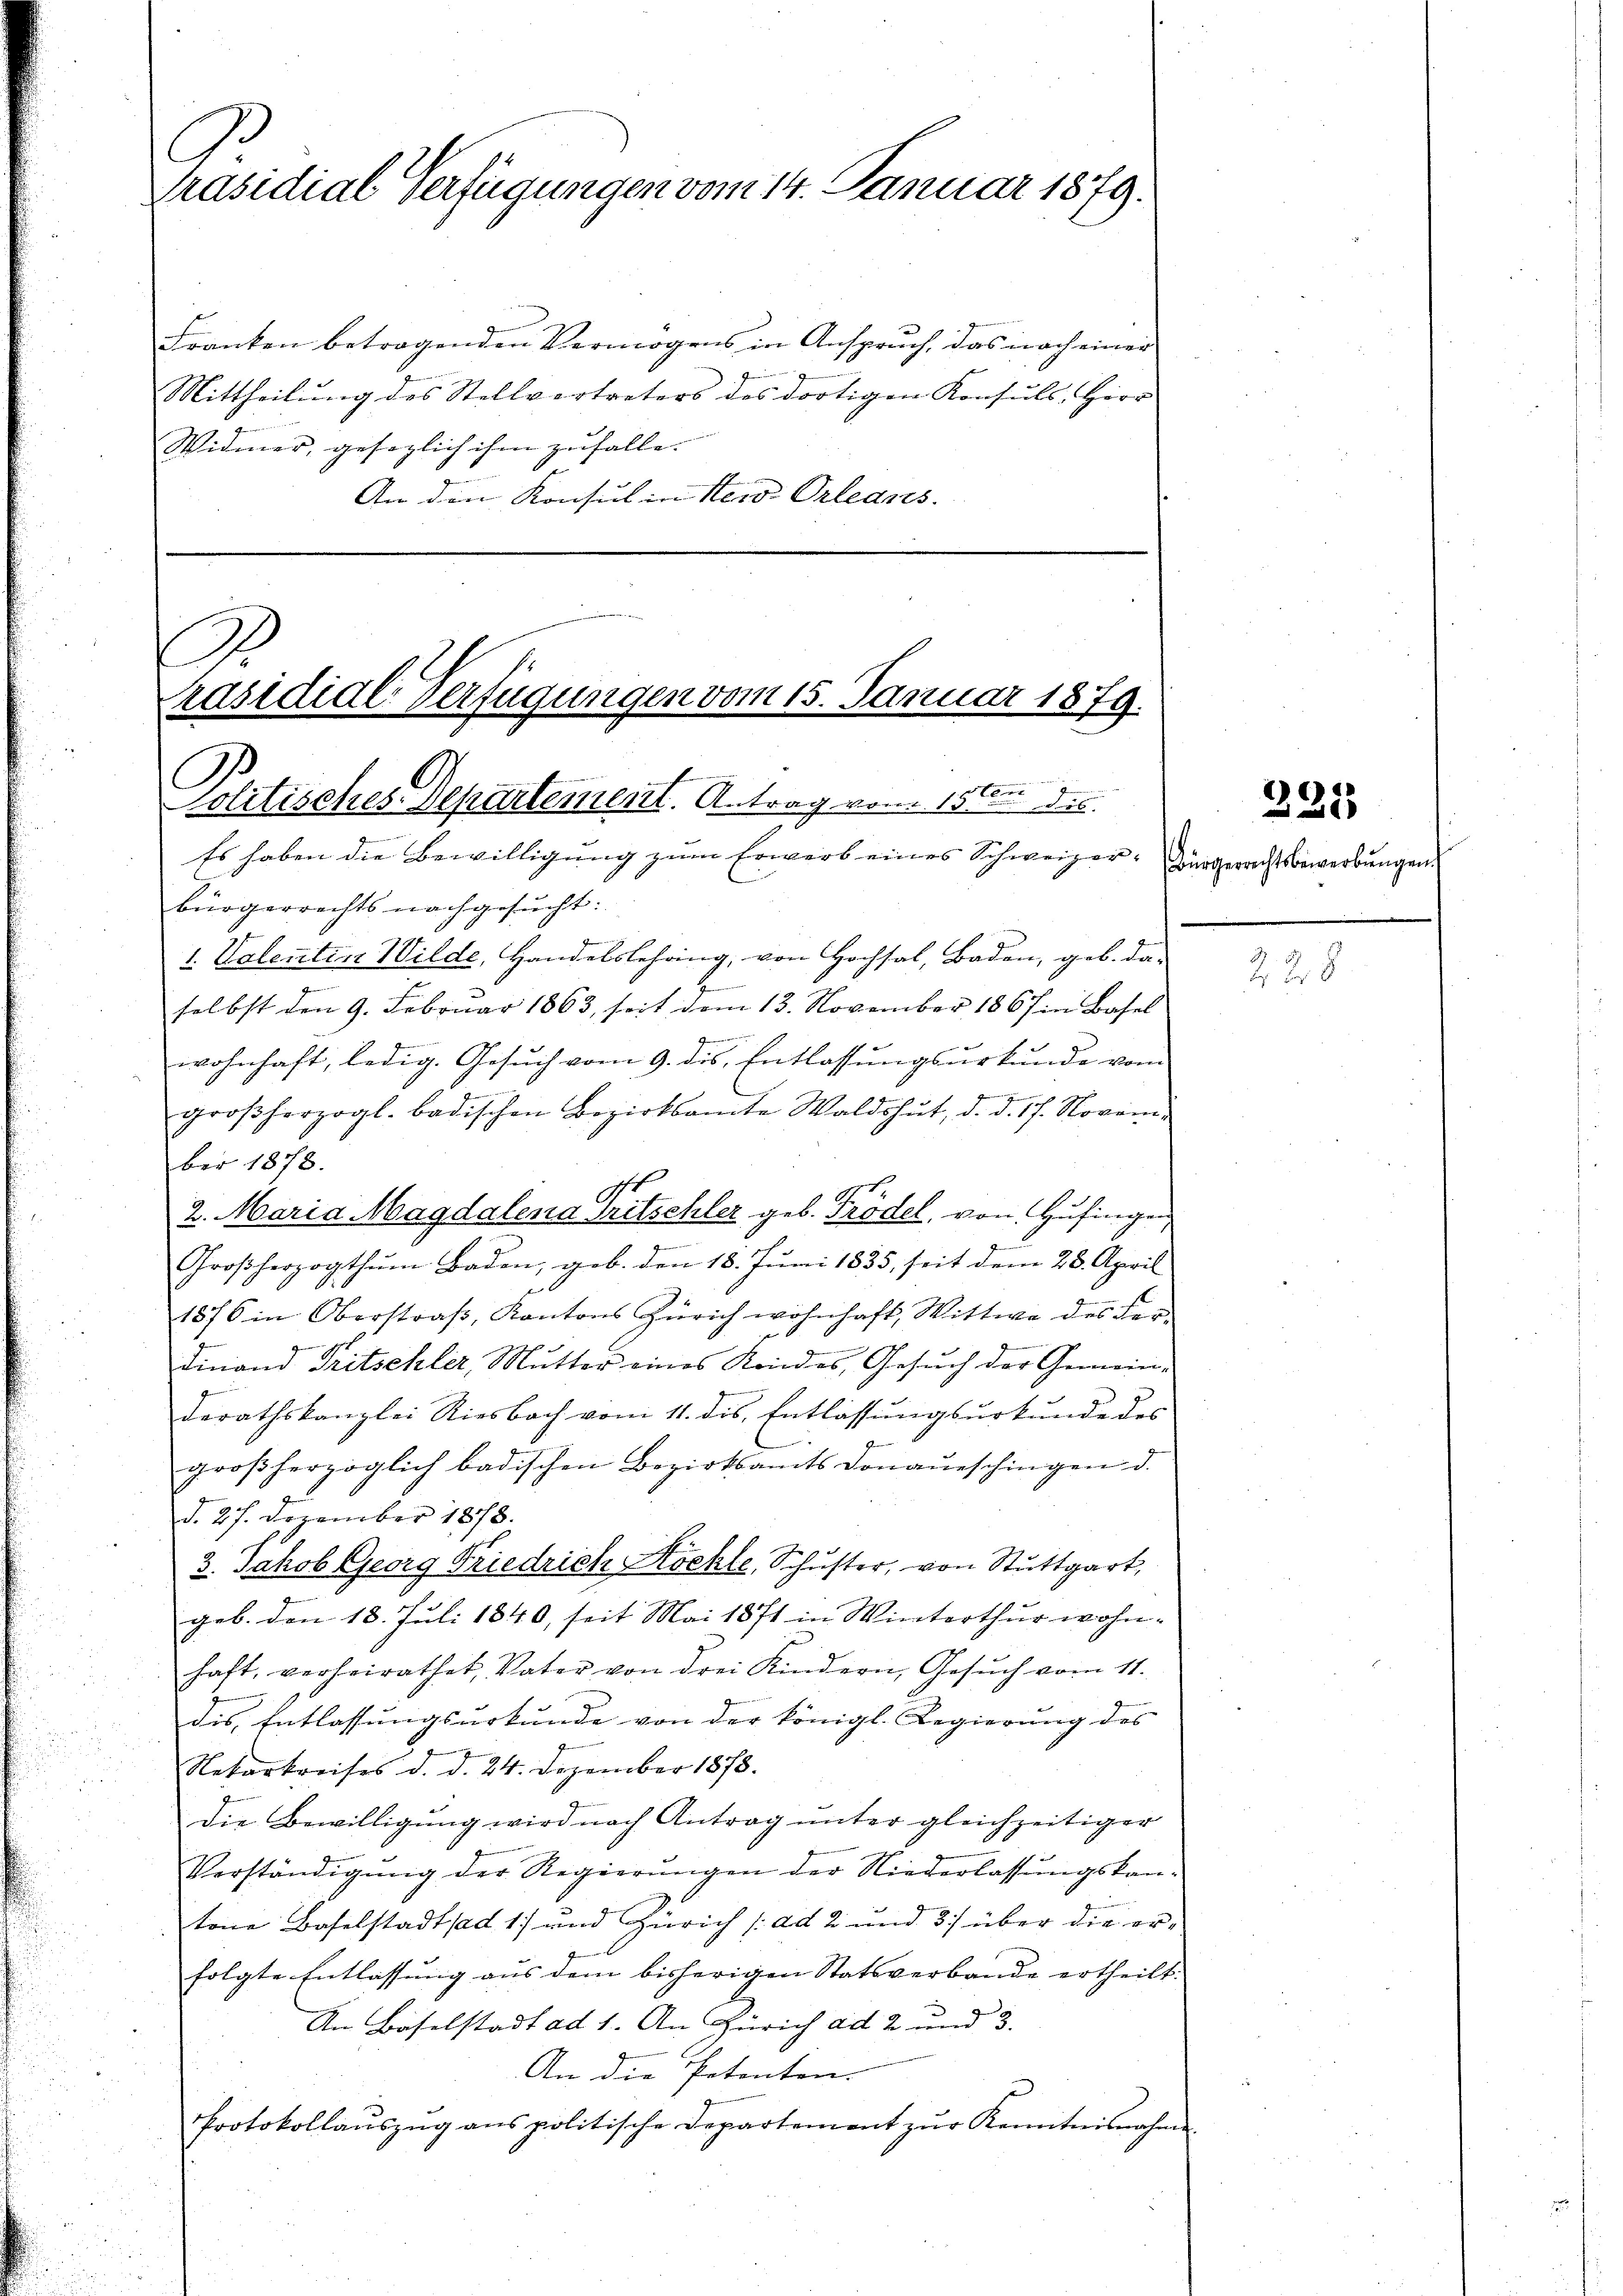
Franken betragenden Vermögens in Anspruch, das nach einer
Mittheilung des Stellvertreters des dortigen Konsuls Herr
Widmer, gesezlich ihm zufalle.
An den Konsul in New-Orleans

Es haben die Bewilligung zum Erwerb eines Schweizer-Bürgerrechtsbewerbungen
bürgerrechts nachgesucht:
1. Valentin Wilde, Handelslehang, von Hochsal, Baden, geb. da-
5
selbst den 9. Februar 1863, seit vom 13. November 1867 in Basel
d
wohnhaft, ledig. Gesuch vom 9. dis. Entlassungsurkunde vom
großherzogl. badischen Bezirksamte Waldshut, d. d. 17. November 1873.
.
2. Maria Magdalena Tritschler geb. Trödel, von Hufingen
Großherzogthum Baden, geb. den 18. Juni 1835, seit dem 28. April
1876 in Oberstraβ, Kantons Zürich wohnhaft, Wittwe des Fer-
Finand Tritschler, Mutter eines Kindes, Gesuch der Gemeinderathskanzlei Riesbach vom 11. dis, Entlassungsurkunde des
großherzoglich badischen Bezirksamts Donaŭrschingen d.
d. 27. Dezember 1873.
3. Jakob Georg Friedrich Kochte, Schŭster, von Stuttgart,
geb. den 18. Juli 1840, seit Mai 1871 in Winterthur wohn-
haft, verheirathet, Vater von drei Kindern, Gesŭch vom 11.
dis, Entlassungsurkunde von der königl. Regierung des
Nekarkreises d. d. 24. Dezember 1873.
die Bewilligŭng wird nach Antrag ŭnter gleichzeitiger
Verständigŭng der Regierŭngen der Niederlassŭngskan-
.
tone Baselstadt ad 1) und Zürich /: ad 2 und 3) über die erfolgte Entlassung aus dem bisherigen Statsverbande ertheilt.
An Baselstadt ad 1. An Zürich ad 2 und 3.
An die Petenten.
Protokollaŭszŭg ans politische Departement zŭr Kenntnisnahme

Präsidial-Verfügungen vom 14. Januar 1879.

f
räsidial-Verfügungen vom 15. Januar 1879.
Politisches Departement. Antrag vom 15ten die

231

228